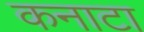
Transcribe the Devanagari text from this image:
कनाटा